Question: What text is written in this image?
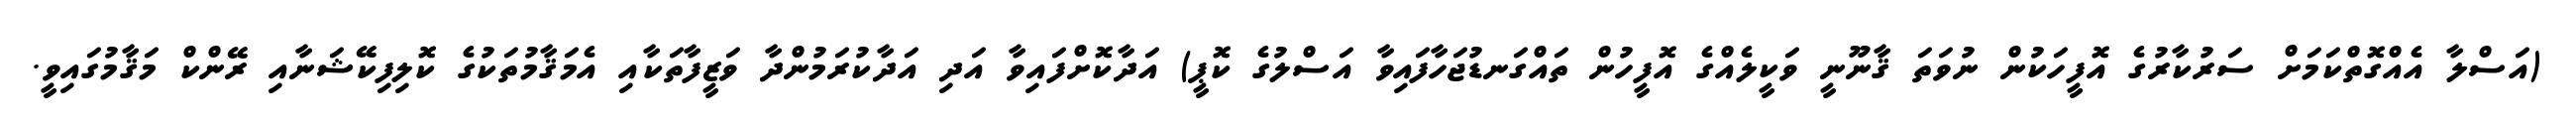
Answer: (އަސްލާ އެއްގޮތްކަމަށް ސަރުކާރުގެ އޮފީހަކުން ނުވަތަ ޤާނޫނީ ވަކީލެއްގެ އޮފީހުން ތައްގަނޑުޖަހާފައިވާ އަސްލުގެ ކޮޕީ) އަދާކޮށްފައިވާ އަދި އަދާކުރަމުންދާ ވަޒީފާތަކާއި އެމަޤާމުތަކުގެ ކޮލިފިކޭޝަނާއި ރޭންކް މަޤާމުގައިވީ.